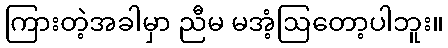
ကြားတဲ့အခါမှာ ညီမ မအံ့ဩတော့ပါဘူး။